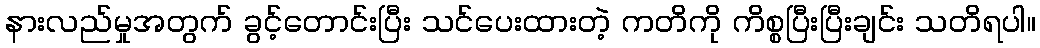
နားလည်မှုအတွက် ခွင့်တောင်းပြီး သင်ပေးထားတဲ့ ကတိကို ကိစ္စပြီးပြီးချင်း သတိရပါ။